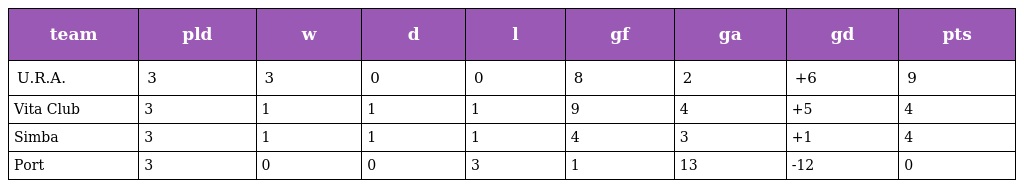
| team | pld | w | d | l | gf | ga | gd | pts |
 | --- | --- | --- | --- | --- | --- | --- | --- | --- |
 | U.R.A. | 3 | 3 | 0 | 0 | 8 | 2 | +6 | 9 |
 | Vita Club | 3 | 1 | 1 | 1 | 9 | 4 | +5 | 4 |
 | Simba | 3 | 1 | 1 | 1 | 4 | 3 | +1 | 4 |
 | Port | 3 | 0 | 0 | 3 | 1 | 13 | -12 | 0 |